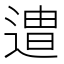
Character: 𮞯